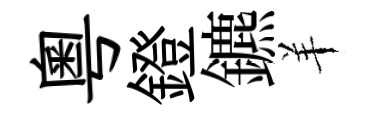
粵鐙鑣羊